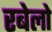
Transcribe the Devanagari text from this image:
रबेलो